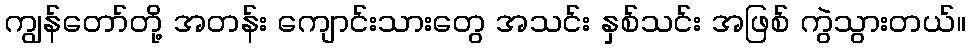
ကျွန်တော်တို့ အတန်း ကျောင်းသားတွေ အသင်း နှစ်သင်း အဖြစ် ကွဲသွားတယ်။